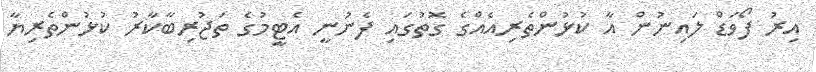
އިރު ފޯވަޑް ލައިނުން އާ ކުޅުންތެރިއެއްގެ ގޮތުގައި ފެނުނީ އެޓީމުގެ ތަޖުރިބާކާރު ކުޅުންތެރިޔާ